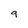
Character: 9